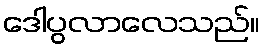
ဒေါပွလာလေသည်။